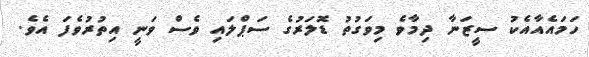
ހަމައެއާއެކު ސީޒަނާ ދިމާވެ މިވަގުތު ޑޮލަރުގެ ސަޕްލައި ވެސް ވަނީ އިތުރުވެފަ އެވެ.